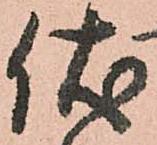
伏